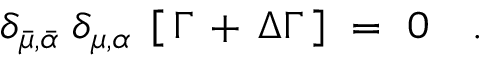
\delta _ { \bar { \mu } , \bar { \alpha } } \; \delta _ { \mu , \alpha } \; \left[ \, \Gamma \, + \, \Delta \Gamma \, \right] \ = \ 0 \ \ \ .